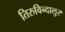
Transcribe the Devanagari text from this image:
तिरुविन्दालुर